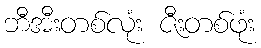
ဘီအီးတစ်လုံး ဇီးတစ်ဖုံး